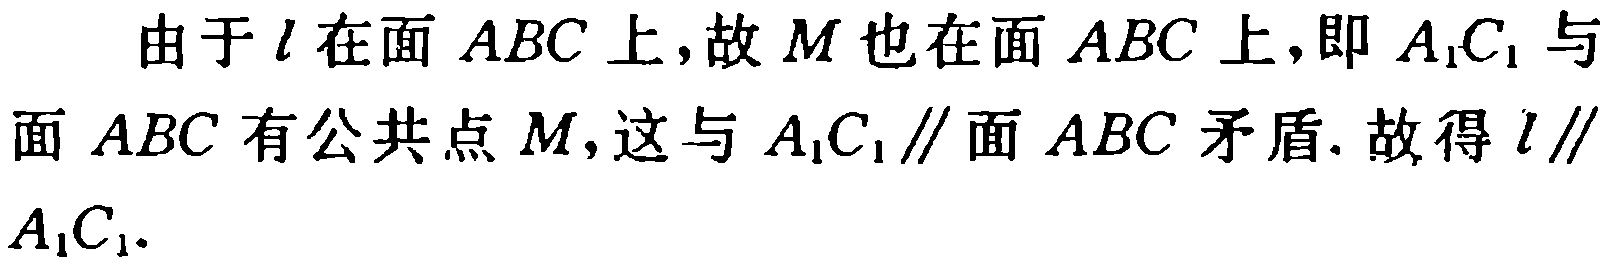
由于\(l\)在面 \(ABC\) 上,故 \(M\) 也在面 \(ABC\) 上,即 \(A_{1}C_{1}\) 与面 \(ABC\) 有公共点 \(M\),这与 \(A_{1}C_{1}\parallel\)面 \(ABC\) 矛盾. 故得 \(l\parallel A_{1}C_{1}\).